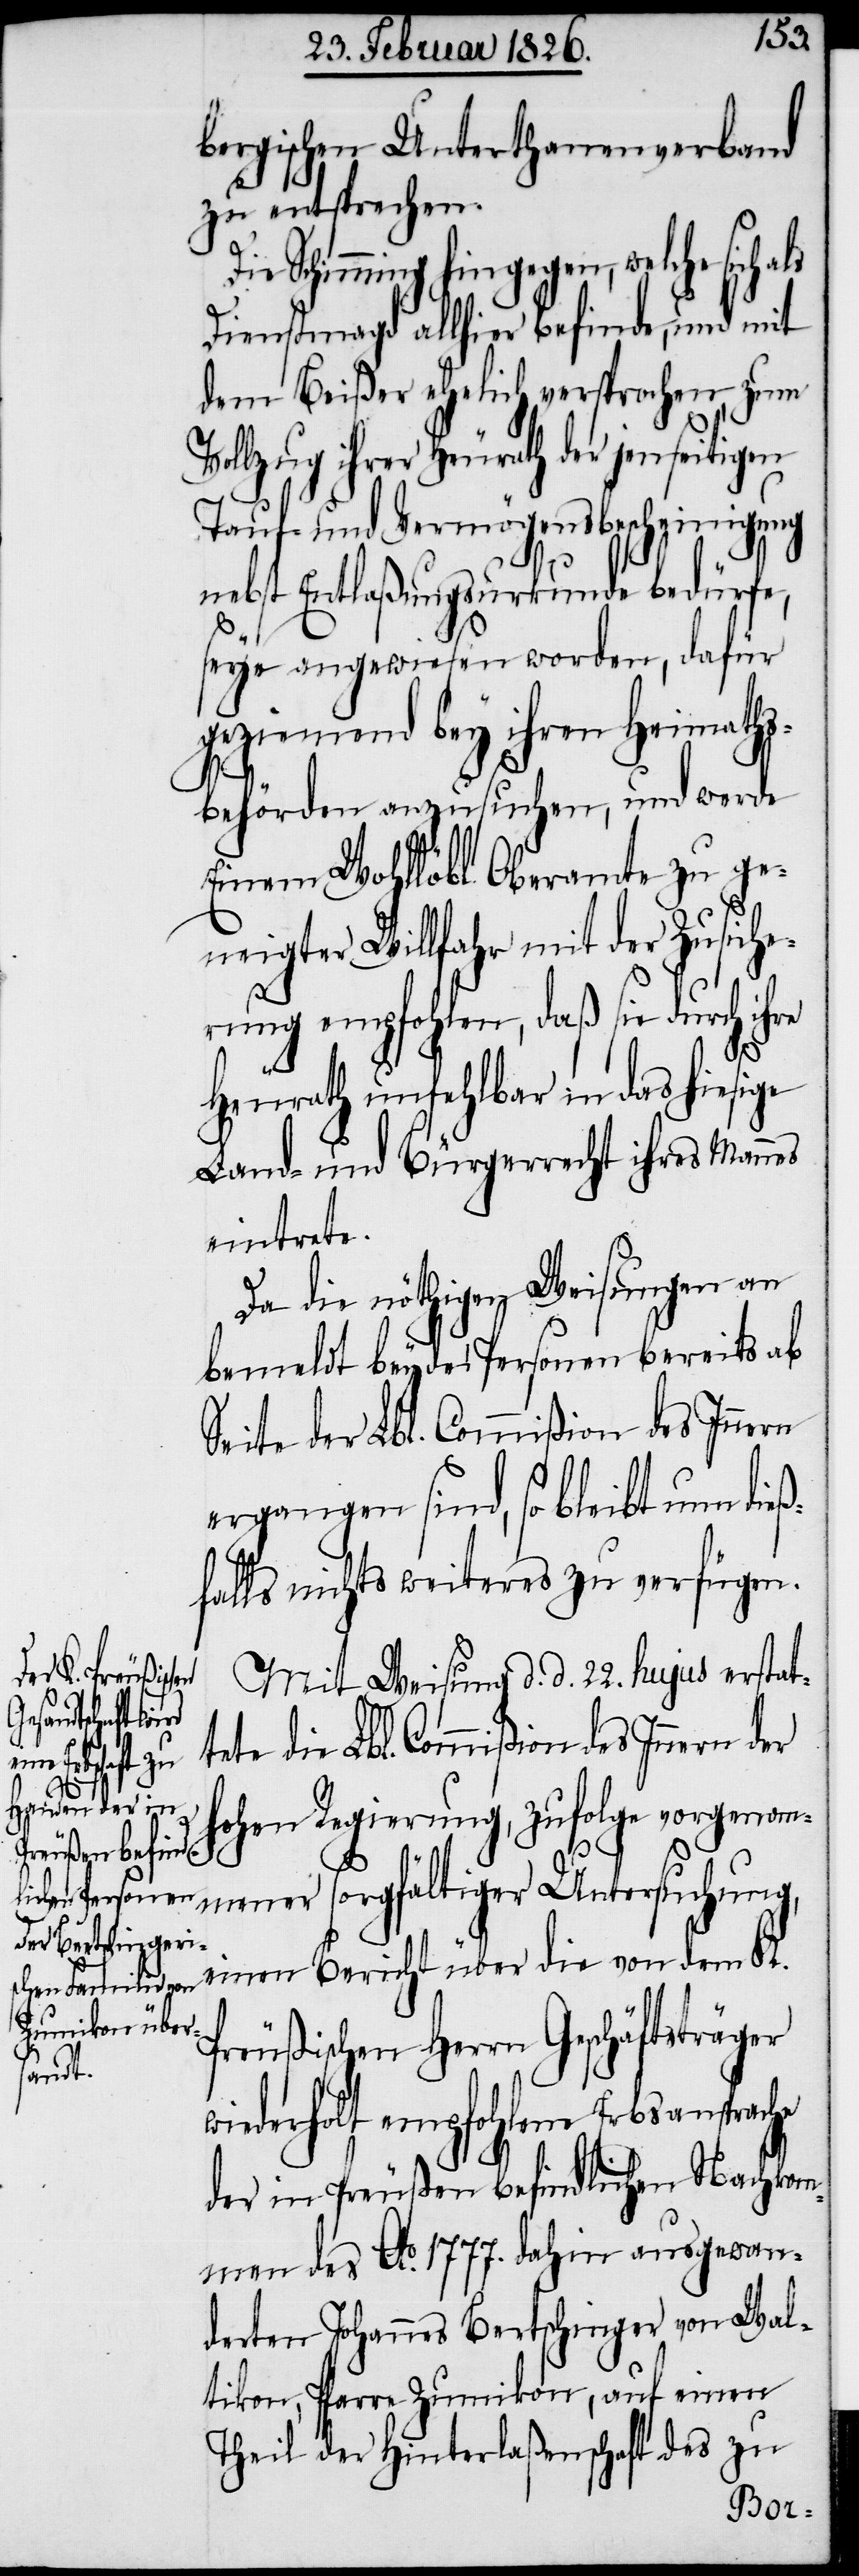
bergischen Unterthanenverband
zu entsprechen.
Schimming hingegen, welche sich
Dienstmagd allhier befinde, und mit
dem Beißer ehelich versprochen, zum
Vollzug ihrer Heurath der jenseitigen
Tauf- und Vermögensbescheinigung
nebst Entlaßungsurkunde bedürfe,
sey angewiesen worden, dafür
geziemend bey ihren Heimaths¬
behörden anzusuchen, und werde
Einem Wohllöbl. Oberamte zu ge¬
neigter Willfahr mit der Zusiche¬
rung empfohlen, daß sie durch ihre
Heurath unfehlbar in das hiesige
Land- und Bürgerrecht ihres Mannes
eintrete.
Da die nöthigen Weisungen an
bemeldt beyde Personen bereits ab
tete die Lbl. Commißion des Innern
ergangen sind, so bleibt nun die¬
ßfalls nichts weiteres zu verfügen.
Mit Weisung d. d. 22. hujus erstat¬
hohen Regierung, zufolge vorgenom¬
mener sorgfältiger Untersuchung,
einen Bericht über die von dem K.
Preußischen Herrn Geschäftsträger
wiederholt empfohlene Erbsansprache
der in Preußen befindlichen Nachkom¬
men des Ao. 1777. dahin ausgewan¬
derten Johannes Bertschinger von Wal¬
tikon, Pfarre Zumikon, auf einen
Theil der Hinterlaßenschaft des zu